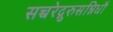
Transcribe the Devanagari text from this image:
सच्चरेद्गुरुसन्निधौ